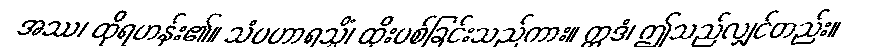
အဿ၊ ထိုရဟန်း၏။ သံပဟာရသ္မိံ၊ ထိုးပစ်ခြင်းသည်ကား။ ဣဒံ၊ ဤသည်လျှင်တည်း။